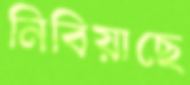
নিবিয়াছে